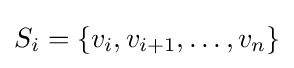
S_{i}=\{v_{i},v_{i+1},\dots ,v_{n}\}